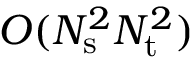
O ( N _ { \mathrm { s } } ^ { 2 } N _ { \mathrm { t } } ^ { 2 } )